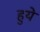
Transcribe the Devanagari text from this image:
हुयेे